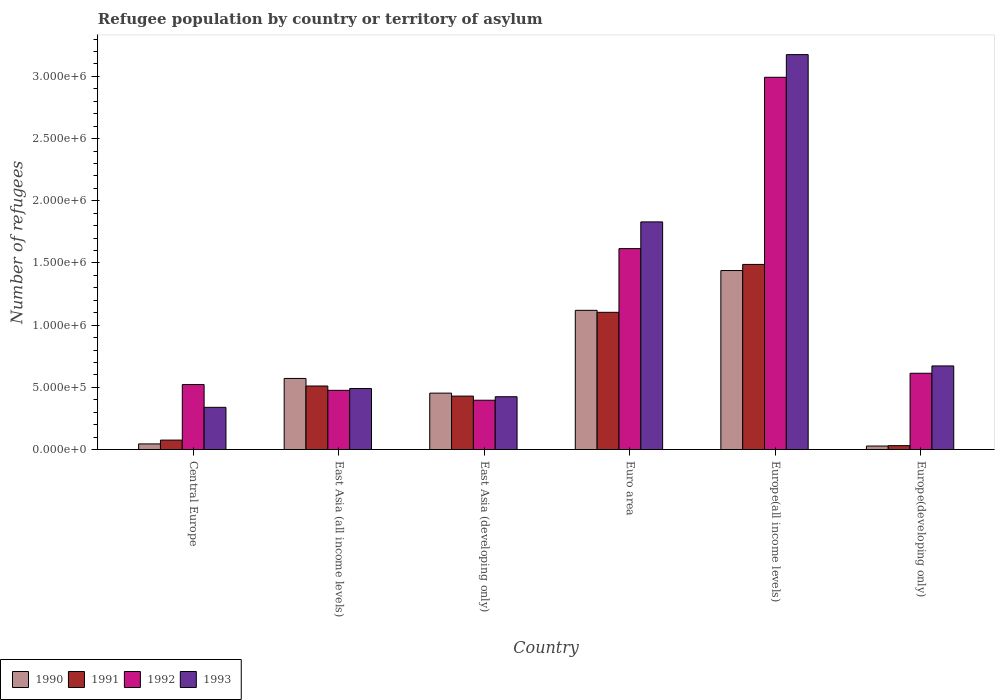
| Country | 1990 | 1991 | 1992 | 1993 |
 | --- | --- | --- | --- | --- |
 | Central Europe | 4.51e+04 | 7.57e+04 | 5.22e+05 | 3.39e+05 |
 | East Asia (all income levels) | 5.71e+05 | 5.11e+05 | 4.76e+05 | 4.9e+05 |
 | East Asia (developing only) | 4.53e+05 | 4.3e+05 | 3.96e+05 | 4.24e+05 |
 | Euro area | 1.12e+06 | 1.1e+06 | 1.62e+06 | 1.83e+06 |
 | Europe(all income levels) | 1.44e+06 | 1.49e+06 | 2.99e+06 | 3.18e+06 |
 | Europe(developing only) | 2.8e+04 | 3.11e+04 | 6.13e+05 | 6.72e+05 |